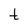
Character: t